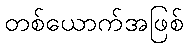
တစ်ယောက်အဖြစ်